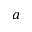
a